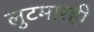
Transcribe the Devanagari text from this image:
लुटमारही